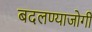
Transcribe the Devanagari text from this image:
बदलण्याजोगी